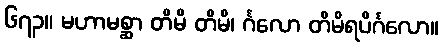
၆၇၃။ မဟာမစ္ဆာ တိမိ တိမိ၊ င်္ဂလော တိမိရပိင်္ဂလော။